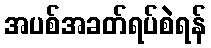
အပစ်အခတ်ရပ်စဲရန်